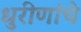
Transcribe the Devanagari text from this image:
धुरीणांचे